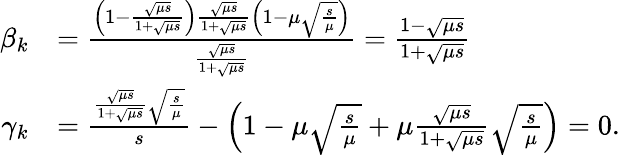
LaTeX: \begin{array}{rl}{\beta_{k}}&{=\frac{\left(1-\frac{\sqrt{\mu s}}{1+\sqrt{\mu s}}\right)\frac{\sqrt{\mu s}}{1+\sqrt{\mu s}}\left(1-\mu\sqrt{\frac{s}{\mu}}\right)}{\frac{\sqrt{\mu s}}{1+\sqrt{\mu s}}}=\frac{1-\sqrt{\mu s}}{1+\sqrt{\mu s}}}\\ {\gamma_{k}}&{=\frac{\frac{\sqrt{\mu s}}{1+\sqrt{\mu s}}\sqrt{\frac{s}{\mu}}}{s}-\left(1-\mu\sqrt{\frac{s}{\mu}}+\mu\frac{\sqrt{\mu s}}{1+\sqrt{\mu s}}\sqrt{\frac{s}{\mu}}\right)=0.}\end{array}